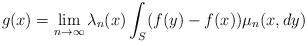
LaTeX: \begin{align*}g(x)=\lim_{n\rightarrow\infty}\lambda_n(x)\int_S(f(y)-f(x))\mu_n(x,dy)\end{align*}